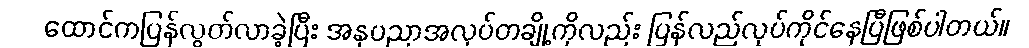
ထောင်ကပြန်လွတ်လာခဲ့ပြီး အနုပညာအလုပ်တချို့ကိုလည်း ပြန်လည်လုပ်ကိုင်နေပြီဖြစ်ပါတယ်။